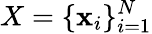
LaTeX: X=\{ \mathbf{x}_{i}\} _{i=1}^{N}